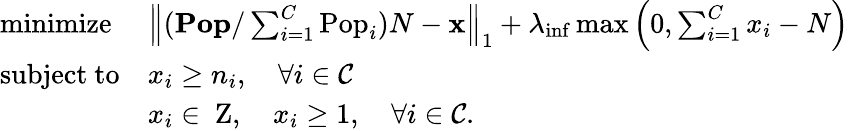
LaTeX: \begin{array}{ll}{\mathrm{minimize~}}&{\left\| (\mathbf{Pop}/\sum_{i=1}^{C}\mathrm{Pop}_{i})N-\mathbf{x}\right\| _{1}+\lambda_{\mathrm{inf}}\operatorname*{max}\left(0,\sum_{i=1}^{C}x_{i}-N\right)}\\ {\mathrm{subject~to}}&{x_{i}\geq n_{i},\quad\forall i\in\mathcal{C}}\\ &{x_{i}\in{\mathrm{\mathbf~Z}},\quad x_{i}\geq 1,\quad\forall i\in\mathcal{C}.}\end{array}